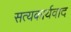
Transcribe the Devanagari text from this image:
सत्यकार्यवाद